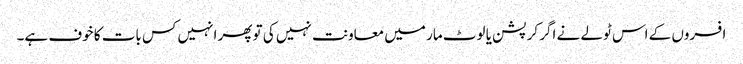
افسروں کے اس ٹولے نے اگر کرپشن یا لوٹ مار میں معاونت نہیں کی تو پھر انہیں کس بات کا خوف ہے۔